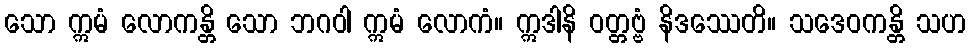
သော ဣမံ လောကန္တိ သော ဘဂဝါ ဣမံ လောကံ။ ဣဒါနိ ဝတ္တဗ္ဗံ နိဒဿေတိ။ သဒေဝကန္တိ သဟ